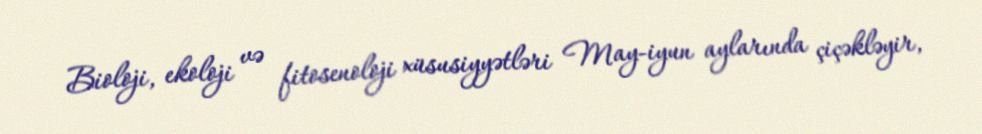
Bioloji, ekoloji və fitosenoloji xüsusiyyətləri May-iyun aylarında çiçəkləyir,